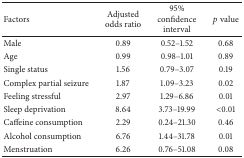
<table><thead><tr><td><b>Factors</b></td><td><b>Adjusted odds ratio</b></td><td><b>95% confidence interval</b></td><td><b><i>p</i> value</b></td></tr></thead><tbody><tr><td>Male</td><td>0.89</td><td>0.52–1.52</td><td>0.68</td></tr><tr><td>Age</td><td>0.99</td><td>0.98–1.01</td><td>0.89</td></tr><tr><td>Single status</td><td>1.56</td><td>0.79–3.07</td><td>0.19</td></tr><tr><td>Complex partial seizure</td><td>1.87</td><td>1.09–3.23</td><td>0.02</td></tr><tr><td>Feeling stressful</td><td>2.97</td><td>1.29–6.86</td><td>0.01</td></tr><tr><td>Sleep deprivation</td><td>8.64</td><td>3.73–19.99</td><td>&lt;0.01</td></tr><tr><td>Caffeine consumption</td><td>2.29</td><td>0.24–21.30</td><td>0.46</td></tr><tr><td>Alcohol consumption</td><td>6.76</td><td>1.44–31.78</td><td>0.01</td></tr><tr><td>Menstruation</td><td>6.26</td><td>0.76–51.08</td><td>0.08</td></tr></tbody></table>